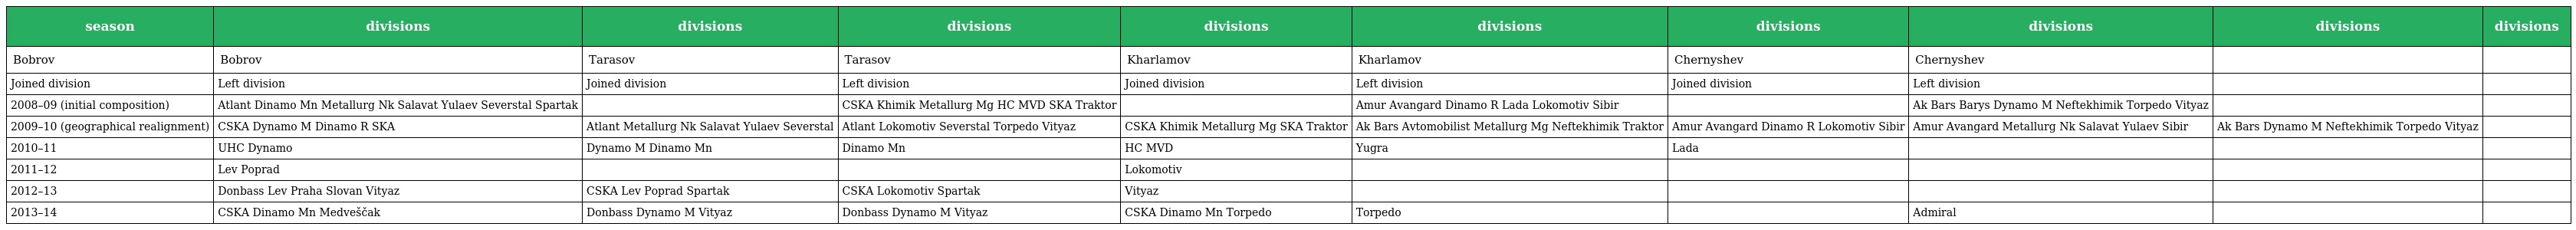
| season | divisions | divisions | divisions | divisions | divisions | divisions | divisions | divisions | divisions |
 | --- | --- | --- | --- | --- | --- | --- | --- | --- | --- |
 | Bobrov | Bobrov | Tarasov | Tarasov | Kharlamov | Kharlamov | Chernyshev | Chernyshev |  |  |
 | Joined division | Left division | Joined division | Left division | Joined division | Left division | Joined division | Left division |  |  |
 | 2008–09 (initial composition) | Atlant Dinamo Mn Metallurg Nk Salavat Yulaev Severstal Spartak |  | CSKA Khimik Metallurg Mg HC MVD SKA Traktor |  | Amur Avangard Dinamo R Lada Lokomotiv Sibir |  | Ak Bars Barys Dynamo M Neftekhimik Torpedo Vityaz |  |  |
 | 2009–10 (geographical realignment) | CSKA Dynamo M Dinamo R SKA | Atlant Metallurg Nk Salavat Yulaev Severstal | Atlant Lokomotiv Severstal Torpedo Vityaz | CSKA Khimik Metallurg Mg SKA Traktor | Ak Bars Avtomobilist Metallurg Mg Neftekhimik Traktor | Amur Avangard Dinamo R Lokomotiv Sibir | Amur Avangard Metallurg Nk Salavat Yulaev Sibir | Ak Bars Dynamo M Neftekhimik Torpedo Vityaz |  |
 | 2010–11 | UHC Dynamo | Dynamo M Dinamo Mn | Dinamo Mn | HC MVD | Yugra | Lada |  |  |  |
 | 2011–12 | Lev Poprad |  |  | Lokomotiv |  |  |  |  |  |
 | 2012–13 | Donbass Lev Praha Slovan Vityaz | CSKA Lev Poprad Spartak | CSKA Lokomotiv Spartak | Vityaz |  |  |  |  |  |
 | 2013–14 | CSKA Dinamo Mn Medveščak | Donbass Dynamo M Vityaz | Donbass Dynamo M Vityaz | CSKA Dinamo Mn Torpedo | Torpedo |  | Admiral |  |  |